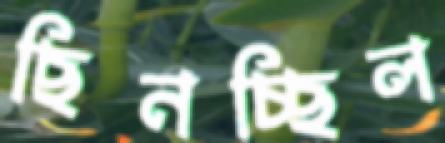
ছিনচ্ছিল